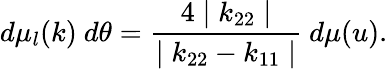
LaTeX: d\mu_{l}(k)~d\theta=\frac{4\mid k_{22}\mid}{\mid k_{22}-k_{11}\mid}~d\mu(u).